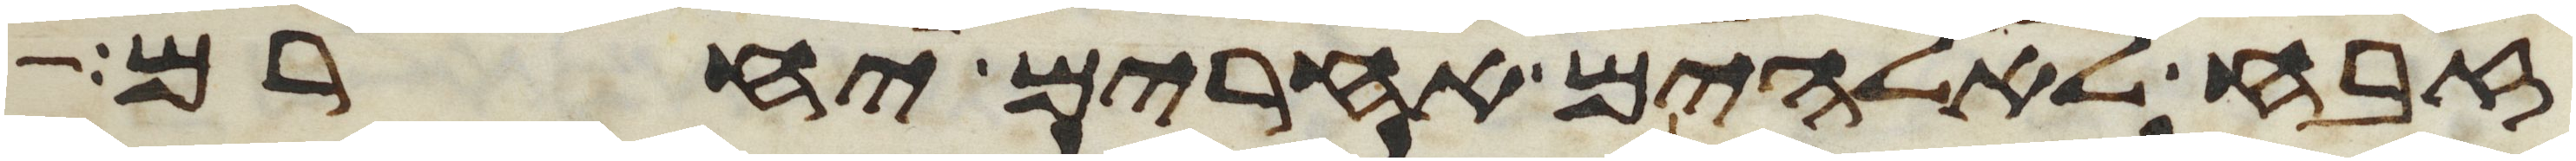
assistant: זבח לאלהים אחרים יחרם